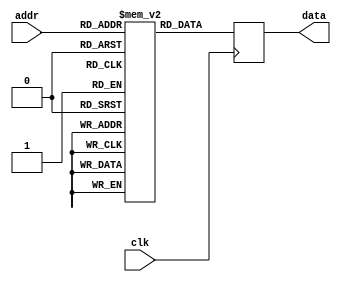
module linear_weights (
  input wire clk,
  input wire [8:0] addr,
  output reg signed [31:0] data
);

  // Register file to store Linear weights (1.7.24 format)
  reg signed [31:0] weights [0:399];

  // Initialize Linear weights
  initial begin
    // TODO: Initialize the weights with actual trained values
    // Example initialization:
    weights[0] = $signed(32'h01800000); // 1.5
    weights[1] = $signed(32'h00C00000); // 0.75
    // ... Initialize other weights
    weights[399] = $signed(32'h00400000); // 0.25
  end

  // Read weights based on input address
  always @(posedge clk) begin
    data <= weights[addr];
  end

endmodule